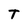
Character: T